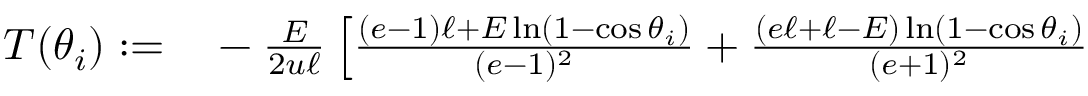
\begin{array} { r l } { T ( \theta _ { i } ) : = } & { { } - \frac { E } { 2 u \ell } \left[ \frac { ( e - 1 ) \ell + E \ln ( 1 - \cos \theta _ { i } ) } { ( e - 1 ) ^ { 2 } } + \frac { ( e \ell + \ell - E ) \ln ( 1 - \cos \theta _ { i } ) } { ( e + 1 ) ^ { 2 } } \right. } \end{array}